342_HS1-416511228_319.1 Flying Discs 1949
Agency: Department of War
Incident date: 1/9/50
Page 115
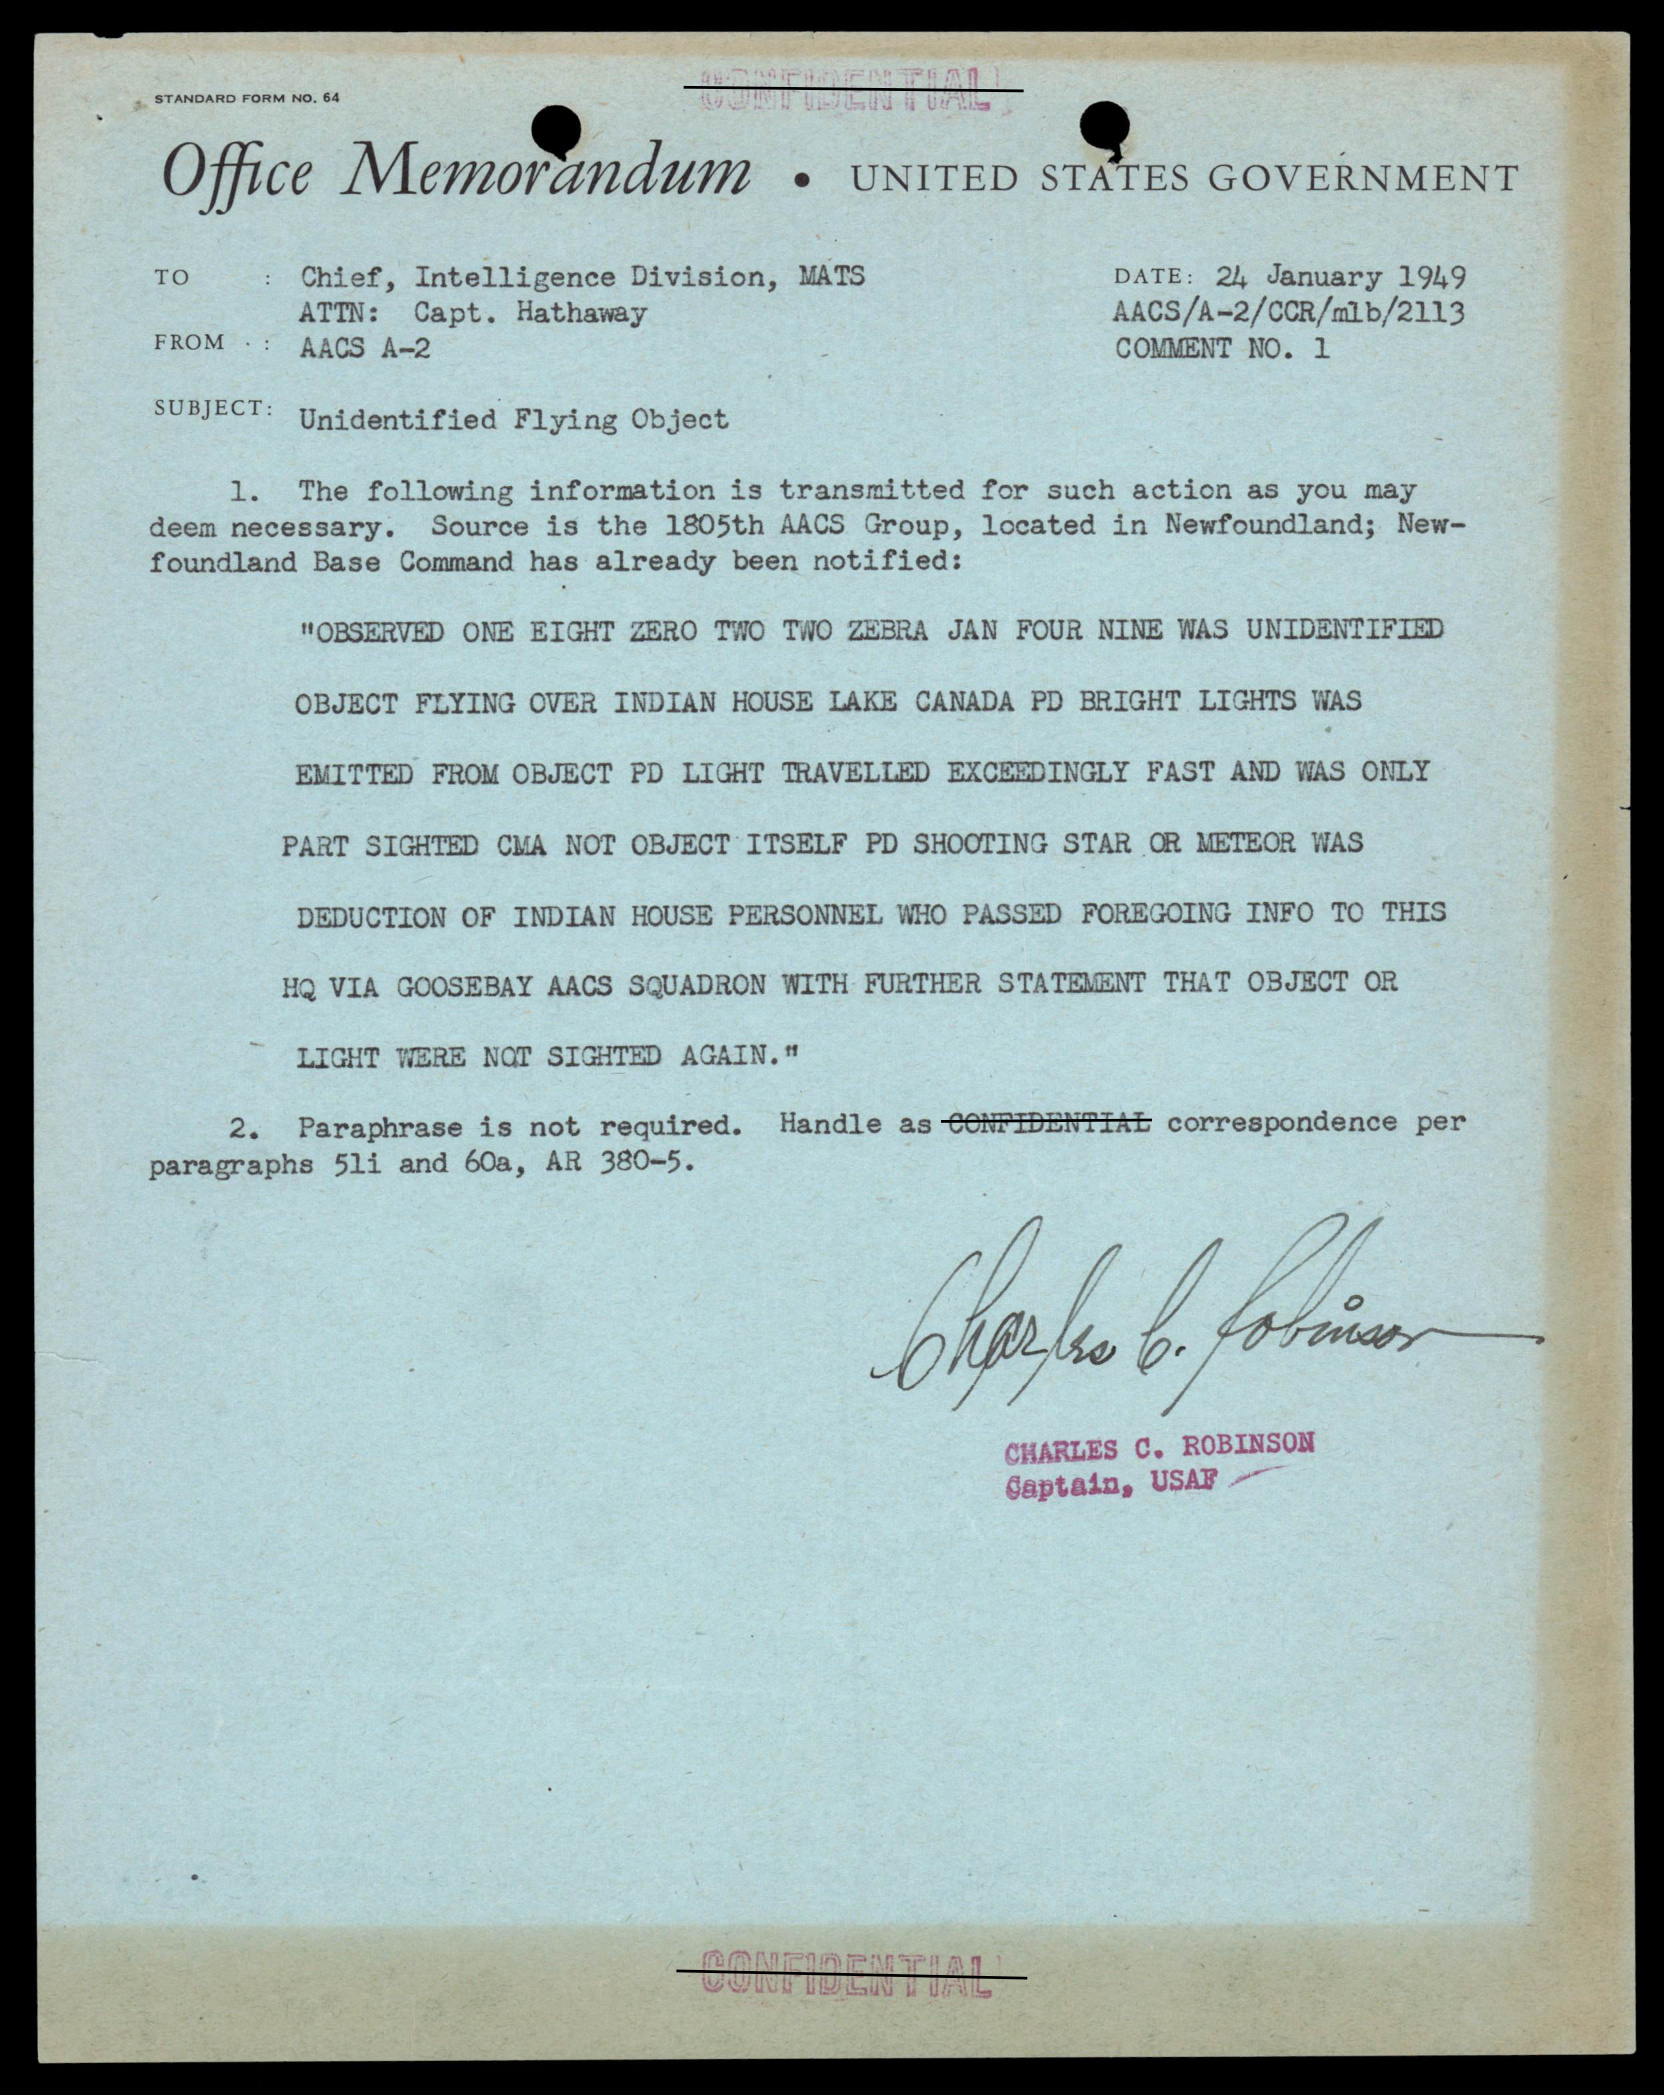